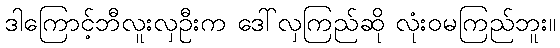
ဒါကြောင့်ဘီလူးလှဦးက ဒေါ်လှကြည်ဆို လုံးဝမကြည်ဘူး။